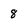
Character: 8